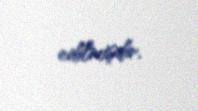
edilmişdir.